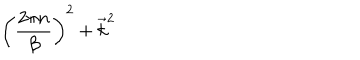
LaTeX: \biggl ( { \frac { 2 \pi n } { \beta } } \biggr ) ^ { 2 } + \vec { k } ^ { 2 }